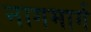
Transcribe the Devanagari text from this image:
नागमार्ग